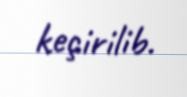
keçirilib.